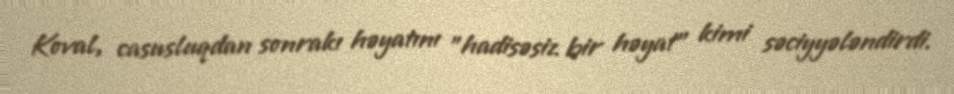
Koval, casusluqdan sonrakı həyatını "hadisəsiz bir həyat" kimi səciyyələndirdi.